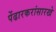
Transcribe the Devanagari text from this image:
पेंढारकरांसारखे